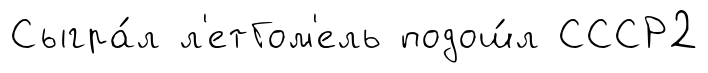
Сыгра́л л'етГом'ель подош́л СССР2